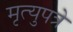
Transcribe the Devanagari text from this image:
मृत्युपत्रे